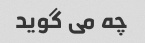
چه می گوید